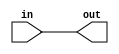
module passthrough(input in,
                   output out);

   assign out = in;

endmodule